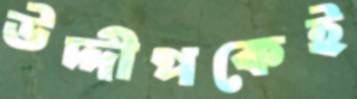
উদ্দীপকেই